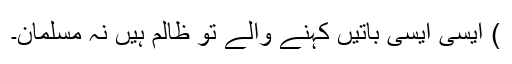
) ایسی ایسی باتیں کہنے والے تو ظالم ہیں نہ مسلمان۔